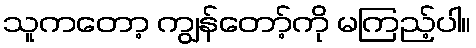
သူကတော့ ကျွန်တော့်ကို မကြည့်ပါ။